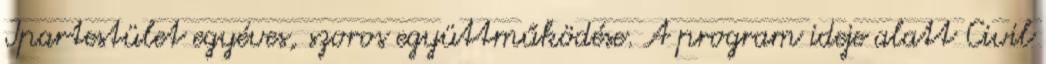
Ipartestület egyéves, szoros együttműködése. A program ideje alatt Civil